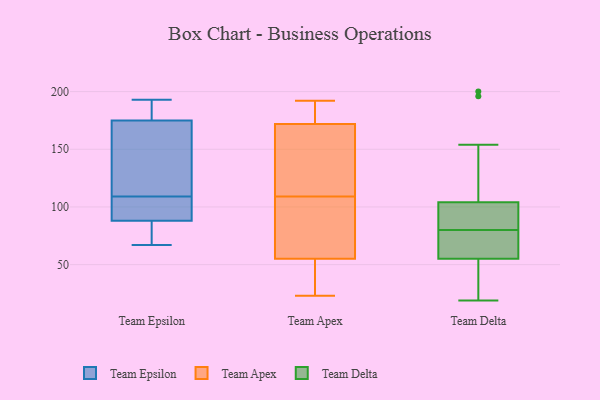
{"axis": {"x": "Conversion Rate (%)", "y": "Value"}, "legend": ["Team Apex", "Team Delta", "Team Epsilon"], "data": [{"x": "", "y": 104, "type": "Team Epsilon"}, {"x": "", "y": 79, "type": "Team Epsilon"}, {"x": "", "y": 88, "type": "Team Epsilon"}, {"x": "", "y": 185, "type": "Team Epsilon"}, {"x": "", "y": 67, "type": "Team Epsilon"}, {"x": "", "y": 187, "type": "Team Epsilon"}, {"x": "", "y": 193, "type": "Team Epsilon"}, {"x": "", "y": 84, "type": "Team Epsilon"}, {"x": "", "y": 99, "type": "Team Epsilon"}, {"x": "", "y": 109, "type": "Team Epsilon"}, {"x": "", "y": 140, "type": "Team Epsilon"}, {"x": "", "y": 109, "type": "Team Epsilon"}, {"x": "", "y": 113, "type": "Team Epsilon"}, {"x": "", "y": 175, "type": "Team Epsilon"}, {"x": "", "y": 23, "type": "Team Apex"}, {"x": "", "y": 60, "type": "Team Apex"}, {"x": "", "y": 40, "type": "Team Apex"}, {"x": "", "y": 178, "type": "Team Apex"}, {"x": "", "y": 158, "type": "Team Apex"}, {"x": "", "y": 170, "type": "Team Apex"}, {"x": "", "y": 66, "type": "Team Apex"}, {"x": "", "y": 182, "type": "Team Apex"}, {"x": "", "y": 109, "type": "Team Apex"}, {"x": "", "y": 34, "type": "Team Apex"}, {"x": "", "y": 192, "type": "Team Apex"}, {"x": "", "y": 107, "type": "Team Apex"}, {"x": "", "y": 145, "type": "Team Apex"}, {"x": "", "y": 66, "type": "Team Delta"}, {"x": "", "y": 68, "type": "Team Delta"}, {"x": "", "y": 30, "type": "Team Delta"}, {"x": "", "y": 80, "type": "Team Delta"}, {"x": "", "y": 20, "type": "Team Delta"}, {"x": "", "y": 80, "type": "Team Delta"}, {"x": "", "y": 200, "type": "Team Delta"}, {"x": "", "y": 154, "type": "Team Delta"}, {"x": "", "y": 55, "type": "Team Delta"}, {"x": "", "y": 196, "type": "Team Delta"}, {"x": "", "y": 87, "type": "Team Delta"}, {"x": "", "y": 104, "type": "Team Delta"}, {"x": "", "y": 19, "type": "Team Delta"}, {"x": "", "y": 97, "type": "Team Delta"}]}